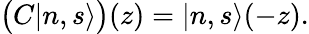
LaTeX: \bigl(C|n,s\rangle\bigr)(z)=|n,s\rangle(-z).